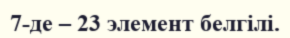
7-де – 23 элемент белгілі.